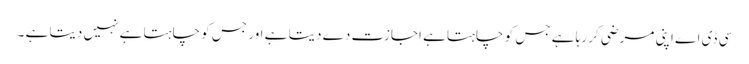
سی ڈی اے اپنی مرضی کر رہا ہے جس کو چاہتا ہے اجازت دے دیتا ہے اور جس کو چاہتا ہے نہیں دیتا ہے ۔